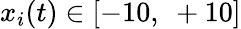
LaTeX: x_{i}(t)\in[-10,~+10]